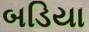
બડિયા